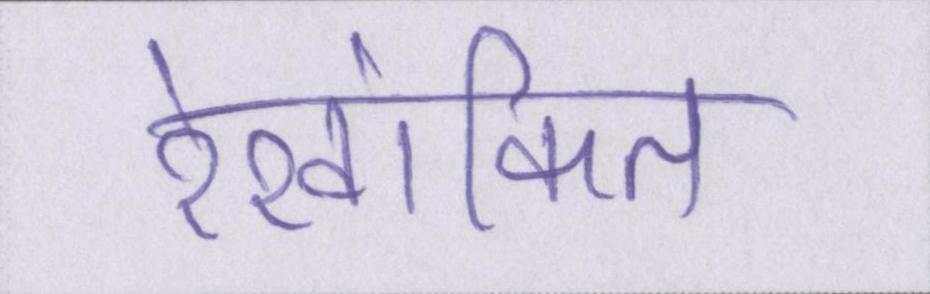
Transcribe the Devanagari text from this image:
रेखांकित